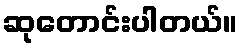
ဆုတောင်းပါတယ်။